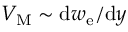
V _ { \mathrm { M } } \sim \mathrm { d } w _ { \mathrm { e } } / \mathrm { d } y